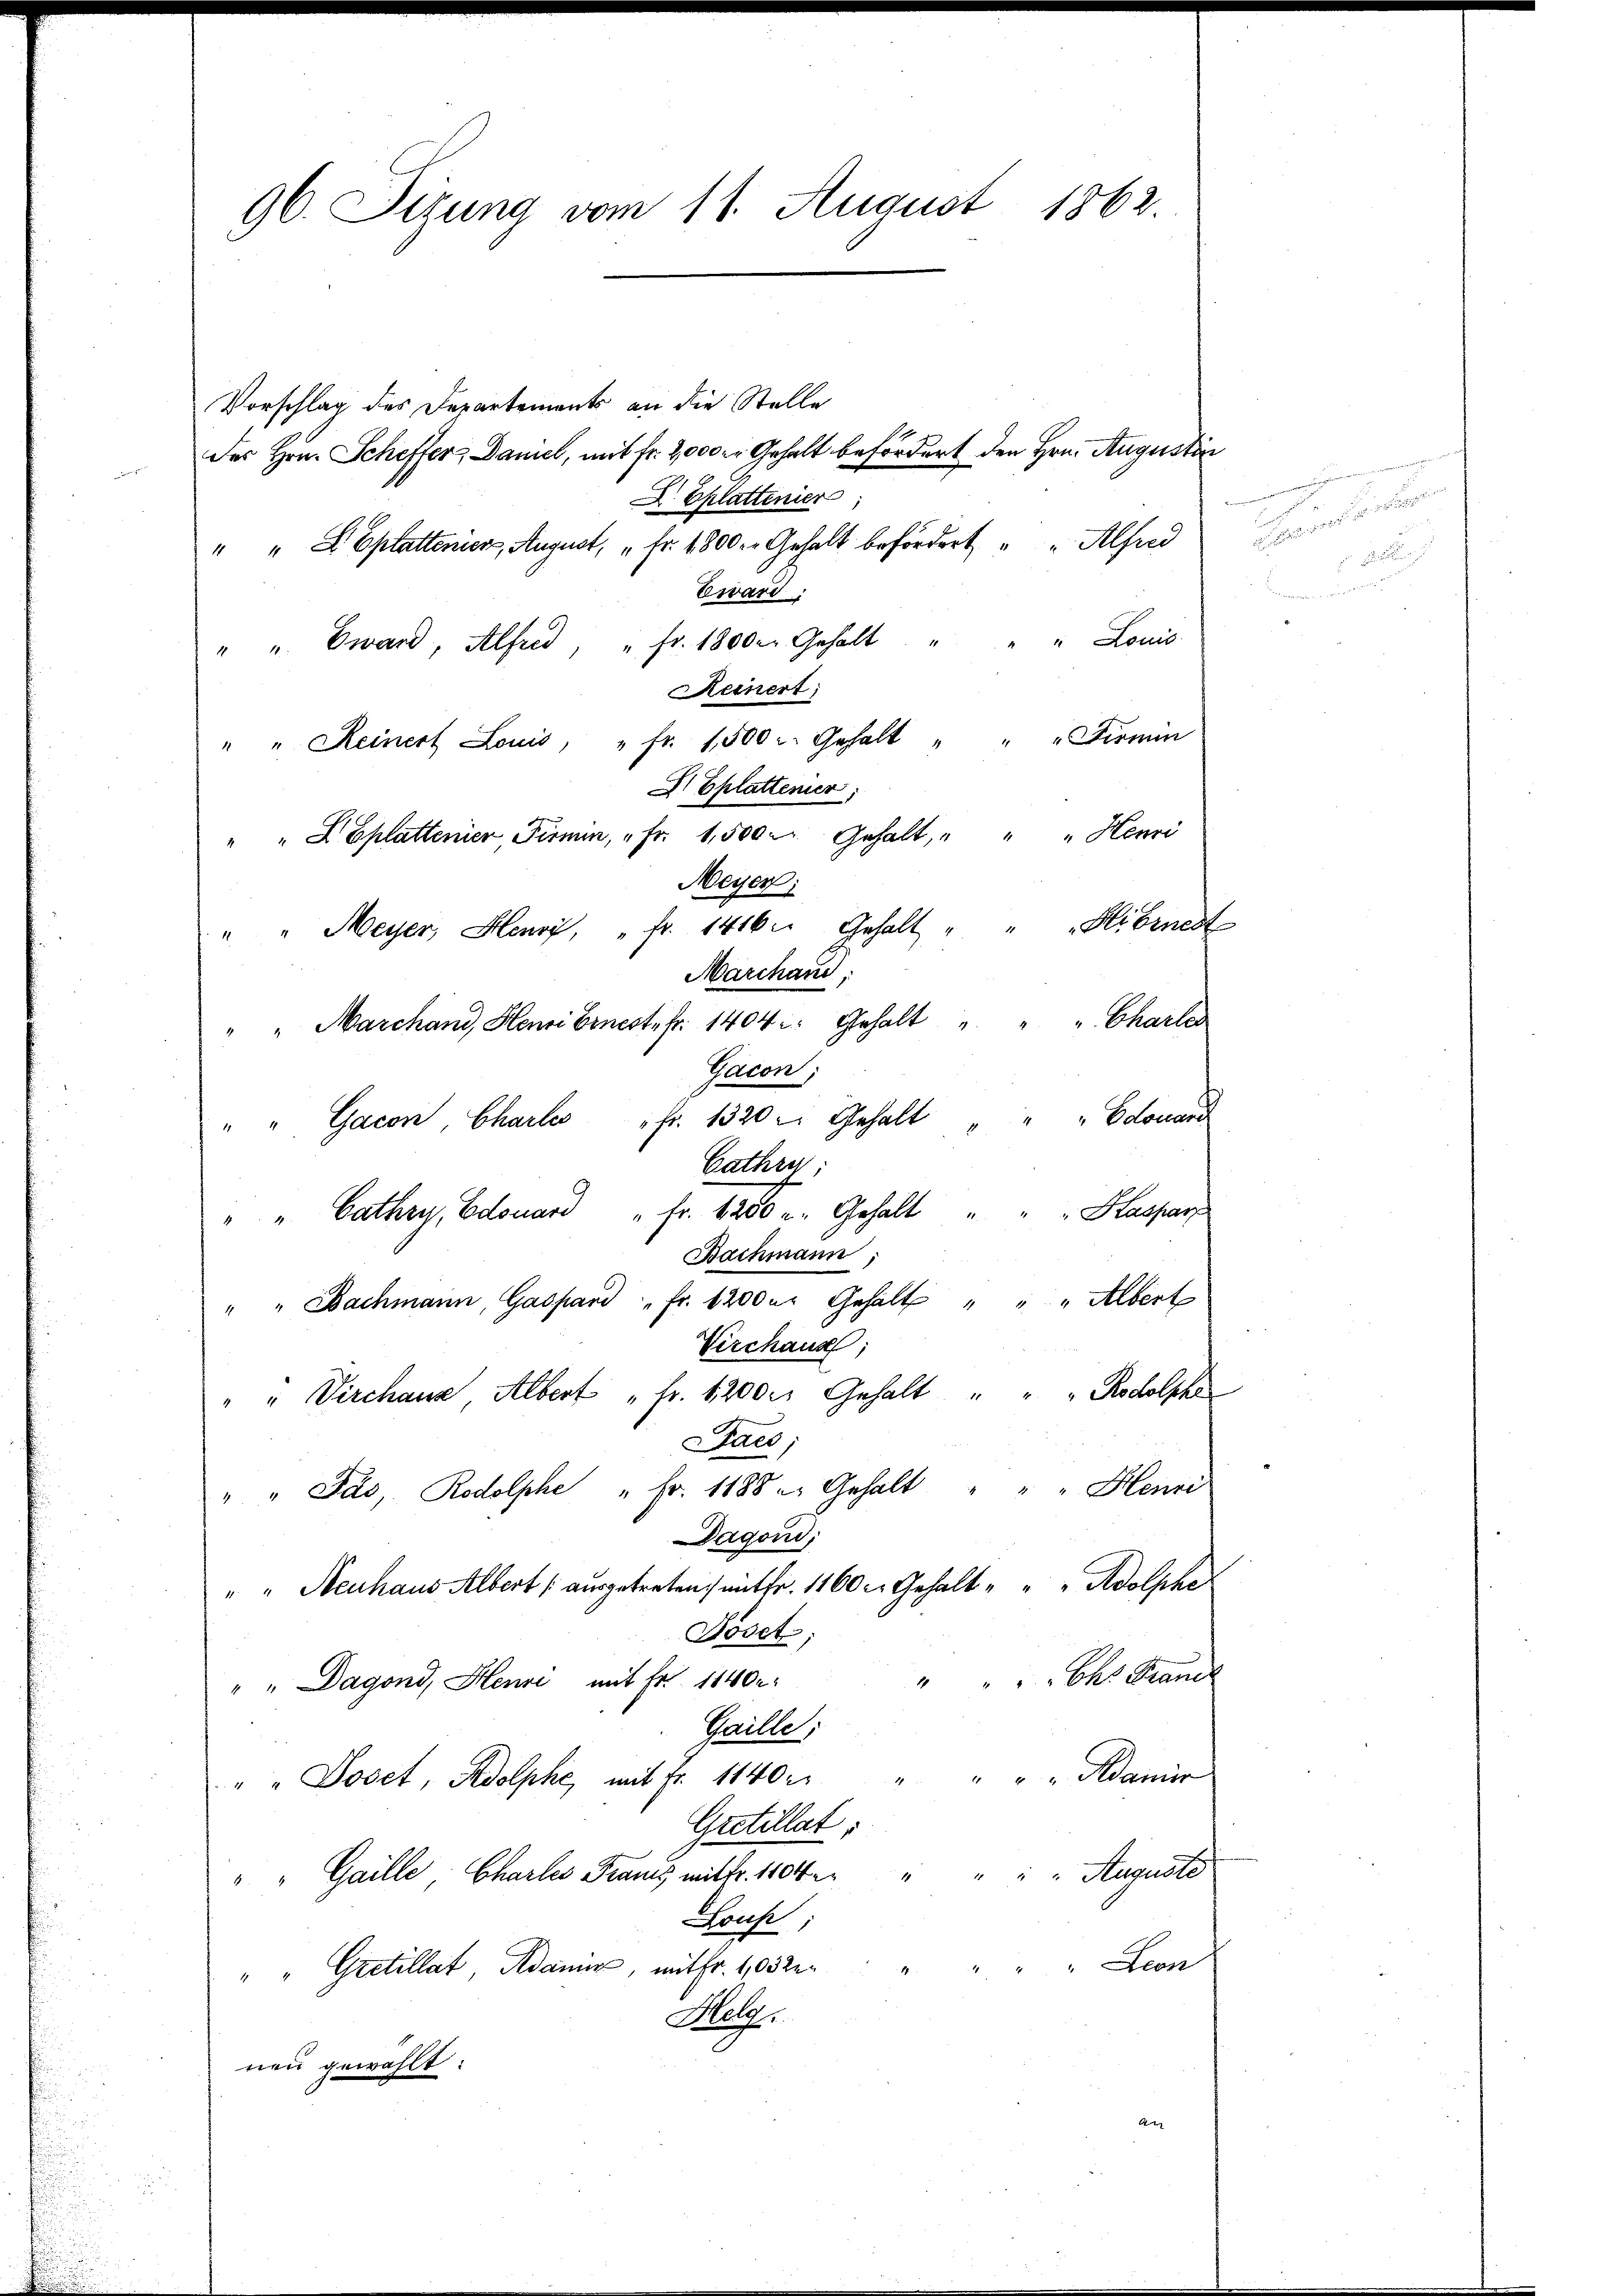
96. Sizung vom 11. August 1862.

Vorschlag des Departements an die Stelle
des Hrn. Scheffer, Damel, mit Fr. 2000 er Gehalt befördert den Hrn. Augustin
D Eplattinier
" " L Eplattenier, August, " Fr. 1800 er Gehalt befördert " " Alfred
Eward:
" " Eward, Alfred, " fr. 18000 Gehalt " " " Louis
Keinert
" " Reinert Louis, " fr. 1500 u. Gehalt " " " Firmen
D Eplattener,
" " L Eplattenier, Fismin, " Fr. 1,500. Gehalt, " " " Henri
Meyer;
" Meyer, Henry, " fr. 1416. Gehalt " " "Hibrnest
Marchand,
"Marchand, Henri Ernest fr. 1404. Gehalt " " " Charler
Gacon;
" " Gacon, Charlo " fr. 1320. Gehalt " " " Edouard
Bathri,
" " Cathry, Edouard " Fr. 1200 u. Gehalt " " " Haspar
Bachmann
" " Bachmann, Gaspard " " fr. 1200 er Gehalt " " " Albert
Virchaus;
" " Virchaus Albert „Fr. 1200 Gehalt " " " Rodolphe
Saco,
" " Jas, Rodolphe " Fr. 1188 u. Gehalt " " " Henri
Dagond;
"" Neuhaus Albert (ausgetreten, mit fr. 1160 c. Gehalt " " " Adolphe
Jöset;
"bes Brandl
" " Dagond, Henri mit Fr. 11402.
Gaille,
" " Joset, Adolphe, mit Fr. 1140 " " " " " Adamer
Gretillat:
" " Gaille, Chartes Frants mitbr. 1104 " " " " Auguste
Louf
" Leon
" " Gretillat, Adamer, mit Fr. 1082.
Malge
neu gewählt:
An